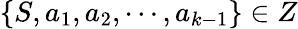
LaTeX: \left\{ S,{{a}_{1}},{{a}_{2}},\cdots,{{a}_{k-1}}\right\} \in{{Z}}